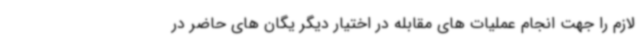
لازم را جهت انجام عملیات های مقابله در اختیار دیگر یگان های حاضر در